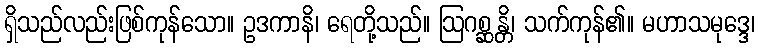
ရှိသည်လည်းဖြစ်ကုန်သော။ ဥဒကာနိ၊ ရေတို့သည်။ ဩဂစ္ဆန္တိ၊ သက်ကုန်၏။ မဟာသမုဒ္ဒေ၊